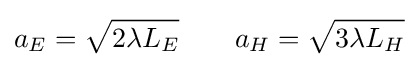
a_{E}={\sqrt {2\lambda L_{E}}}\qquad a_{H}={\sqrt {3\lambda L_{H}}}